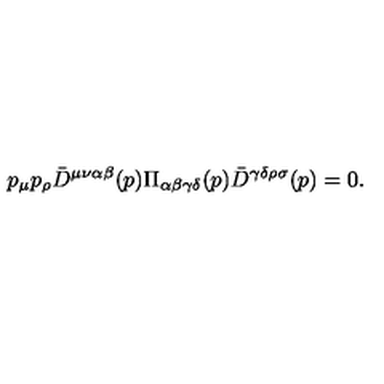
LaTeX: p _ { \mu } p _ { \rho } { \bar { D } } ^ { \mu \nu \alpha \beta } ( p ) \Pi _ { \alpha \beta \gamma \delta } ( p ) { \bar { D } } ^ { \gamma \delta \rho \sigma } ( p ) = 0 .